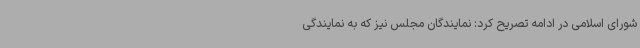
شورای اسلامی در ادامه تصریح کرد: نمایندگان مجلس نیز که به نمایندگی